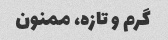
گرم و تازه، ممنون